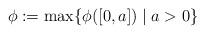
LaTeX: \begin{align*}\phi:=\max\{\phi([0,a])\mid a>0\}\end{align*}